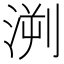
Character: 㴊